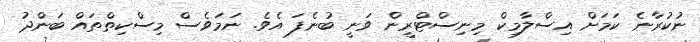
ނުކުރާނެ ކަމަށް އިސްލާމިކް މިނިސްޓްރީން ވަނީ ބުނެފަ އެވެ. ނަމަވެސް މިސްކިތްތައް ބަންދު